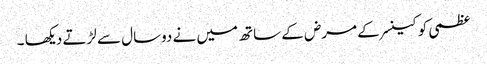
عظمی کو کینسر کے مرض کے ساتھ میں نے دوسال سے لڑتے دیکھا ۔